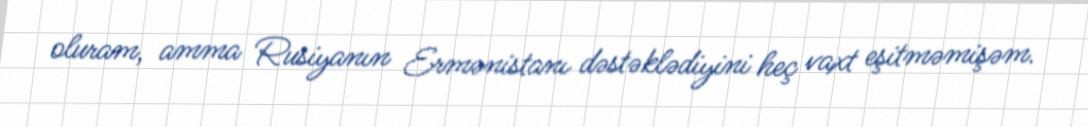
oluram, amma Rusiyanın Ermənistanı dəstəklədiyini heç vaxt eşitməmişəm.